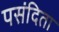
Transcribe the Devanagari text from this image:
पसंदिता